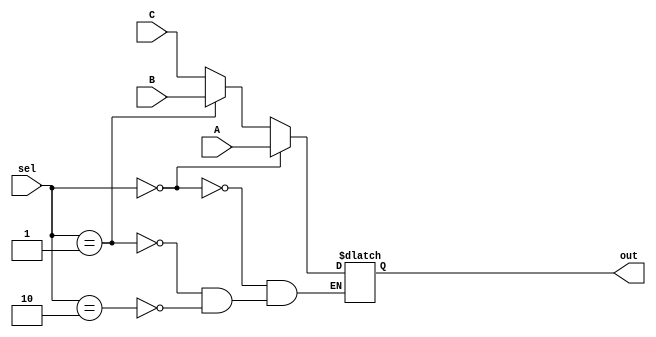
`timescale 1ns / 1ps

module Mux32Bit3To1(A, B, C, out, sel);

input [31:0] A, B, C;
output reg [31:0] out;
input [1:0] sel;

initial begin
    out <= 0;
end    
always @(*) begin
if (sel == 0) begin
    out <= A;
end
else if (sel == 1) begin
    out <= B;
end
else if (sel == 2) begin
    out <= C;
end       
end

endmodule